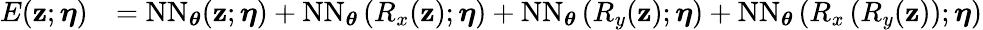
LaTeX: \begin{array}{rl}{E(\mathbf{z};\boldsymbol{\eta})}&{=\mathrm{NN}_{\boldsymbol{\theta}}(\mathbf{z};\boldsymbol{\eta})+\mathrm{NN}_{\boldsymbol{\theta}}\left(R_{x}(\mathbf{z});\boldsymbol{\eta}\right)+\mathrm{NN}_{\boldsymbol{\theta}}\left(R_{y}(\mathbf{z});\boldsymbol{\eta}\right)+\mathrm{NN}_{\boldsymbol{\theta}}\left(R_{x}\left(R_{y}(\mathbf{z})\right);\boldsymbol{\eta}\right)}\end{array}